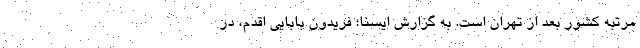
مرتبه کشور بعد از تهران است. به گزارش ایسنا؛ فریدون بابایی اقدم، در